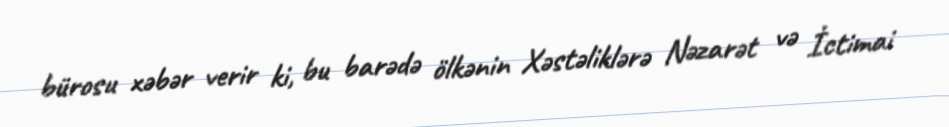
bürosu xəbər verir ki, bu barədə ölkənin Xəstəliklərə Nəzarət və İctimai